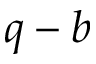
q - b